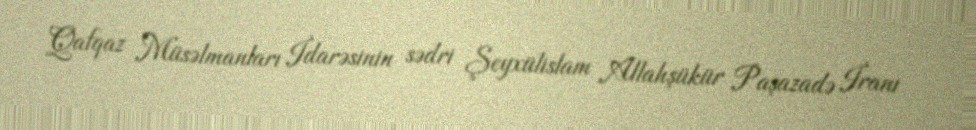
Qafqaz Müsəlmanları İdarəsinin sədri Şeyxülislam Allahşükür Paşazadə İranı